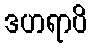
ဒဟရာပိ